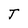
Character: T